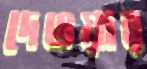
দেওয়ার